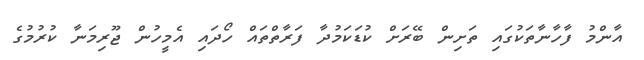
އާންމު ފާހާނާތަކުގައި ތަށިން ބޭރަށް ކުޑަކަމުދާ ފަރާތްތައް ހޯދައި އެމީހުން ޖޫރިމަނާ ކުރުމުގެ